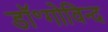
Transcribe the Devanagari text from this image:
डॉ॰गोविन्द